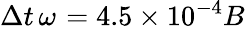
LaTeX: \Delta t\, \omega_{}=4.5\times 10^{-4}B